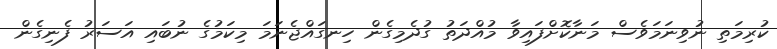
ކުރިމަތި ނުވިނަމަވެސް މަނާކޮށްފައިވާ މުއްދަތު ގުދެމިގެން ހިނގައްޖެނަމަ މިކަމުގެ ނުބައި އަސަރު ފެނިގެން